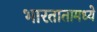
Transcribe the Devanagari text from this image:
भारतातामध्ये